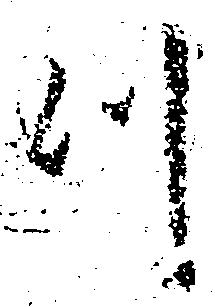
つ